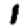
Digit: 1